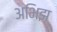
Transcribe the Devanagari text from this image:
अभिझ